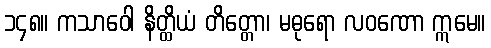
၁၄၈။ ကသာဝေါ နိတ္ထိယံ တိတ္တော၊ မဓုရော လဝဏော ဣမေ။